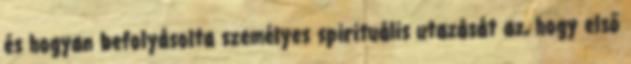
és hogyan befolyásolta személyes spirituális utazását az, hogy első